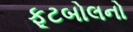
ફૂટબોલનો